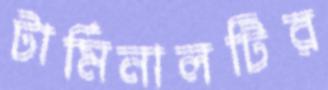
টার্মিনালটির